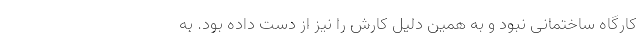
کارگاه ساختمانی نبود و به همین دلیل کارش را نیز از دست داده بود. به